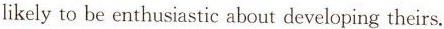
likely to be enthusiastic about developing theirs.